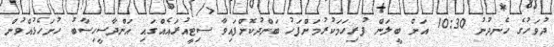
ދުވަހުގެ ހެނދުނު 10:30 އަށް ބީލަން ފުރިހަމަކުރުމަށްފަހު ބަންދުކޮށްފައިވާ ސިޓީއުރައެއްގައި އަންދާސީހިސާބު ހުށަހެޅުއްވުން